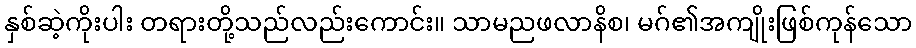
နှစ်ဆဲ့ကိုးပါး တရားတို့သည်လည်းကောင်း။ သာမညဖလာနိစ၊ မဂ်၏အကျိုးဖြစ်ကုန်သော